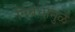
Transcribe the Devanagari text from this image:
निबंधामुळे